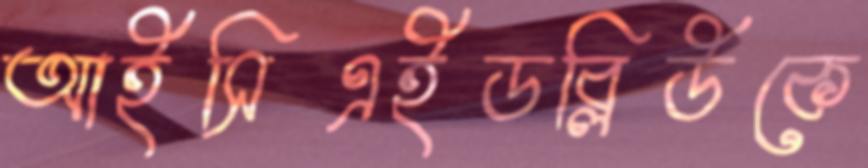
আইসিএইডব্লিউকে